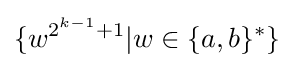
\{w^{2^{k-1}+1}|w\in \{a,b\}^{*}\}